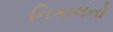
નિકાલનો